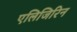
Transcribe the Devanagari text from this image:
एलिजिरिन